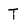
Character: T